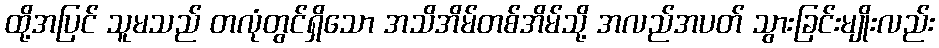
ထို့အပြင် သူမသည် တလုံတွင်ရှိသော အသိအိမ်တစ်အိမ်သို့ အလည်အပတ် သွားခြင်းမျိုးလည်း